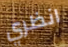
انظري